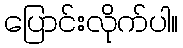
ပြောင်းလိုက်ပါ။